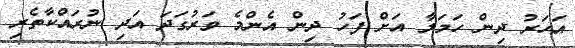
އަހަރު ދިން ހަމަލާ އަށް ފަހު ދިން އެންމެ ވަރުގަދަ އަދި ނުރައްކާތެރި